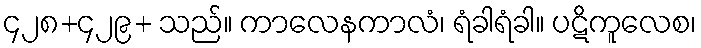
၄၂၈+၄၂၉+ သည်။ ကာလေနကာလံ၊ ရံခါရံခါ။ ပဋိကူလေစ၊